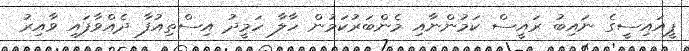
ޕީއައިސީގެ ނައިބު ރައީސް ކަމުންނާއި މެންބަރުކަމުން ހާލާ ހަމީދު އިސްތިއުފާ ދެއްވާފައި ވާއިރު